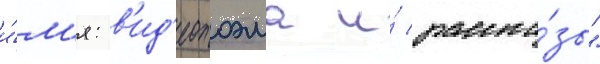
и́м'я: в'ид'еопоэма и́ расска́зы"